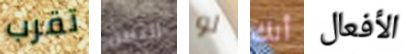
تقرب الثمن لو أنك الأفعال